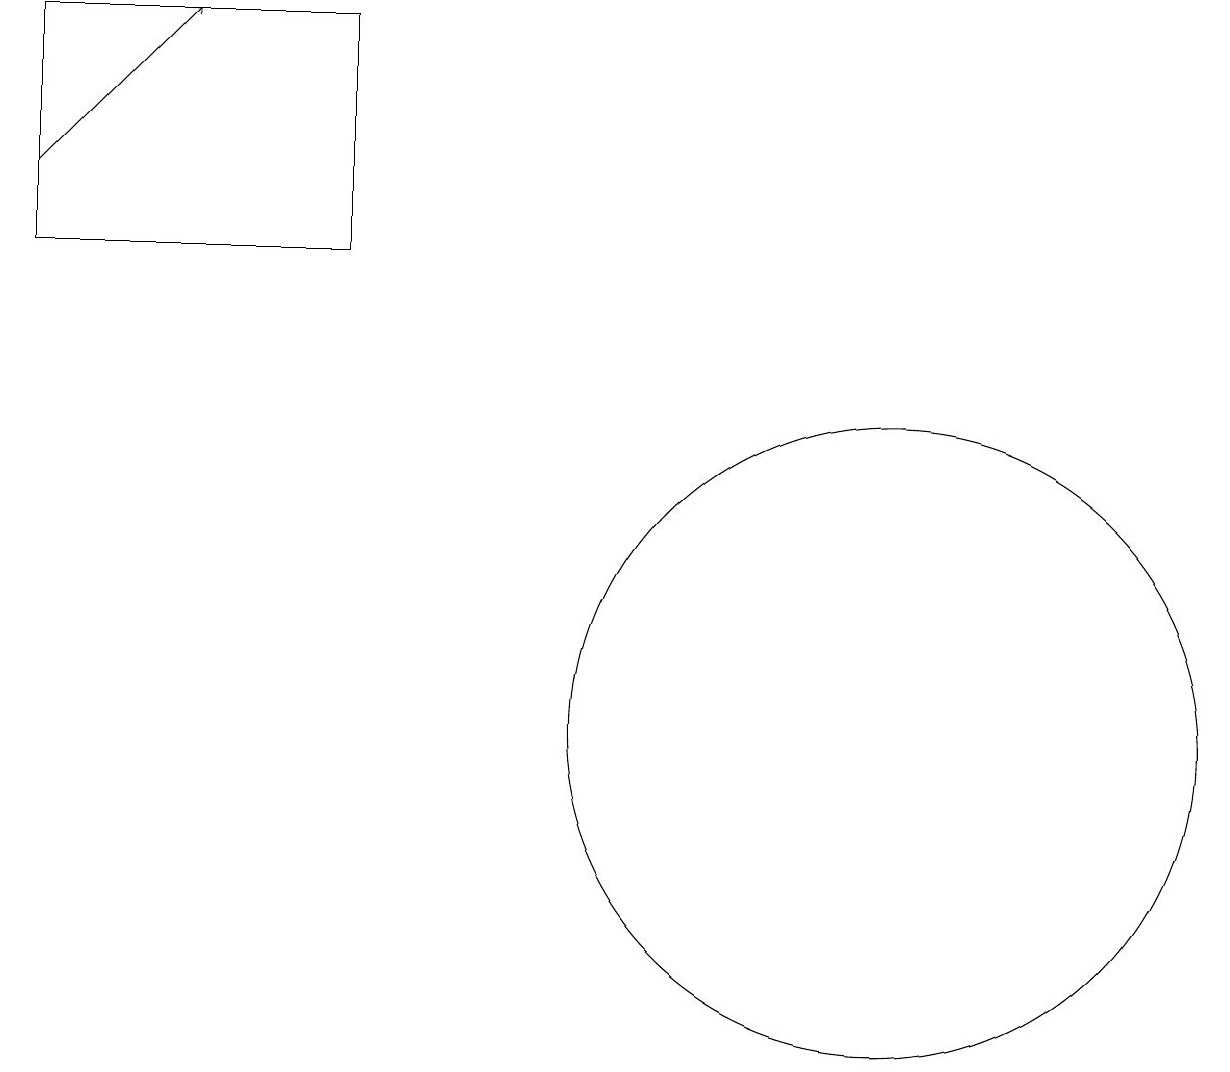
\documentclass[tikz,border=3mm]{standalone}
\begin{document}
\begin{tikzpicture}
\draw[->] (0,17) -- (2,19);
\draw (0,16) rectangle (4,19);
\draw (11,10) circle (4);
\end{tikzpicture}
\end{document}